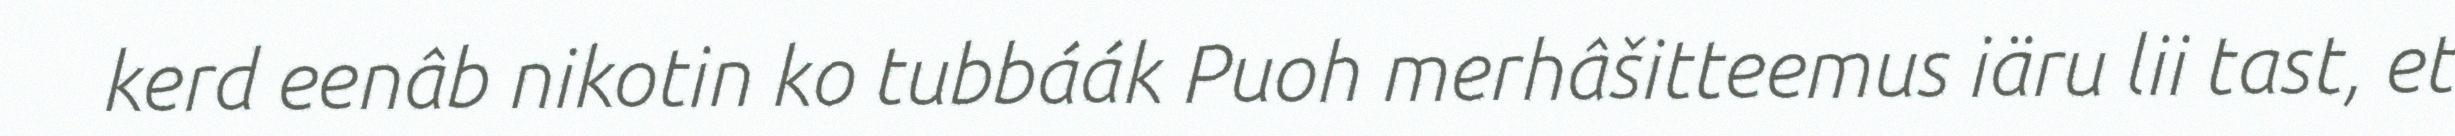
kerd eenâb nikotin ko tubbáák Puoh merhâšitteemus iäru lii tast, et